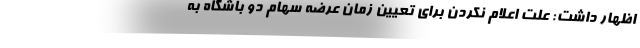
اظهار داشت: علت اعلام نکردن برای تعیین زمان عرضه سهام دو باشگاه به